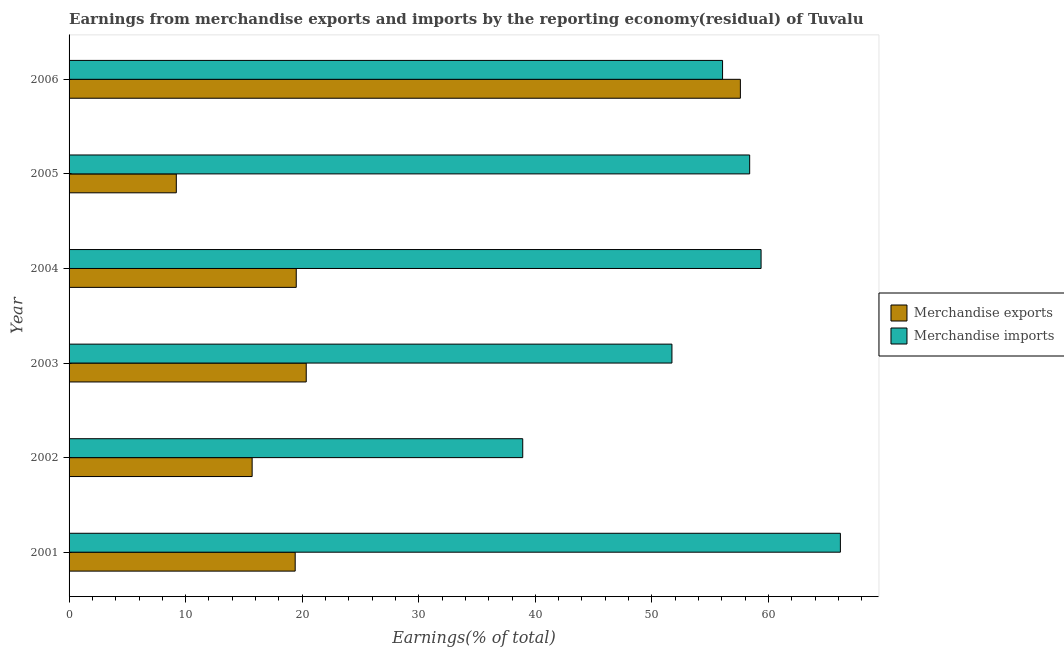
| Year | Merchandise exports | Merchandise imports |
 | --- | --- | --- |
 | 2001 | 19.4 | 66.2 |
 | 2002 | 15.7 | 38.9 |
 | 2003 | 20.3 | 51.7 |
 | 2004 | 19.5 | 59.4 |
 | 2005 | 9.2 | 58.4 |
 | 2006 | 57.6 | 56.1 |